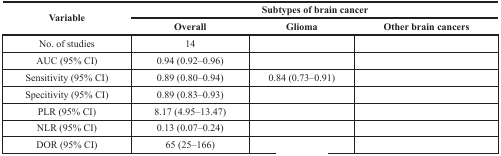
<table><thead><tr><td rowspan="2"><b>Variable</b></td><td colspan="3"><b>Subtypes of brain cancer</b></td></tr><tr><td><b>Overall</b></td><td><b>Glioma</b></td><td><b>Other brain cancers</b></td></tr></thead><tbody><tr><td>No. of studies</td><td>14</td><td>[EMPTY_CELL]</td><td>[EMPTY_CELL]</td></tr><tr><td>AUC (95% CI)</td><td>0.94 (0.92–0.96)</td><td>[EMPTY_CELL]</td><td>[EMPTY_CELL]</td></tr><tr><td>Sensitivity (95% CI)</td><td>0.89 (0.80–0.94)</td><td>0.84 (0.73–0.91)</td><td>[EMPTY_CELL]</td></tr><tr><td>Specitivity (95% CI)</td><td>0.89 (0.83–0.93)</td><td>[EMPTY_CELL]</td><td>[EMPTY_CELL]</td></tr><tr><td>PLR (95% CI)</td><td>8.17 (4.95–13.47)</td><td>[EMPTY_CELL]</td><td>[EMPTY_CELL]</td></tr><tr><td>NLR (95% CI)</td><td>0.13 (0.07–0.24)</td><td>[EMPTY_CELL]</td><td>[EMPTY_CELL]</td></tr><tr><td>DOR (95% CI)</td><td>65 (25–166)</td><td>[EMPTY_CELL]</td><td>[EMPTY_CELL]</td></tr></tbody></table>